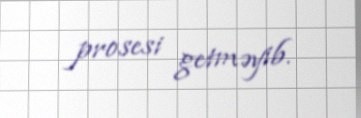
prosesi getməyib.